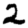
Digit: 2